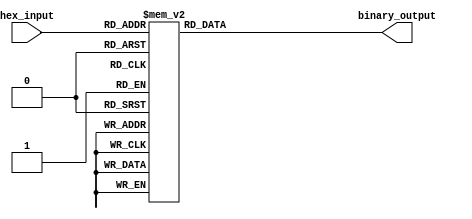
module hex_to_bin_encoder (
    input wire [3:0] hex_input,   // 4-bit input: hexadecimal digit
    output reg [3:0] binary_output // 4-bit output: binary equivalent
);

    always @(*) begin
        case (hex_input)
            4'b0000: binary_output = 4'b0000; // 0
            4'b0001: binary_output = 4'b0001; // 1
            4'b0010: binary_output = 4'b0010; // 2
            4'b0011: binary_output = 4'b0011; // 3
            4'b0100: binary_output = 4'b0100; // 4
            4'b0101: binary_output = 4'b0101; // 5
            4'b0110: binary_output = 4'b0110; // 6
            4'b0111: binary_output = 4'b0111; // 7
            4'b1000: binary_output = 4'b1000; // 8
            4'b1001: binary_output = 4'b1001; // 9
            4'b1010: binary_output = 4'b1010; // A
            4'b1011: binary_output = 4'b1011; // B
            4'b1100: binary_output = 4'b1100; // C
            4'b1101: binary_output = 4'b1101; // D
            4'b1110: binary_output = 4'b1110; // E
            4'b1111: binary_output = 4'b1111; // F
            default: binary_output = 4'b0000; // Default case, invalid input
        endcase
    end

endmodule